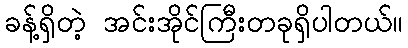
ခန့်ရှိတဲ့ အင်းအိုင်ကြီးတခုရှိပါတယ်။